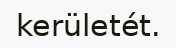
kerületét.